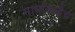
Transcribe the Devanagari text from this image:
मामांकडेच